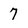
Character: 7